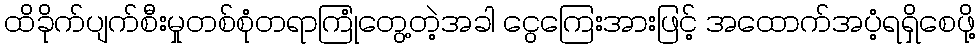
ထိခိုက်ပျက်စီးမှုတစ်စုံတရာကြုံတွေ့တဲ့အခါ ငွေကြေးအားဖြင့် အထောက်အပံ့ရရှိစေဖို့